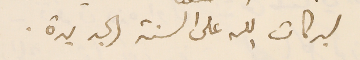
لبركات الله على السنة الجديدة.